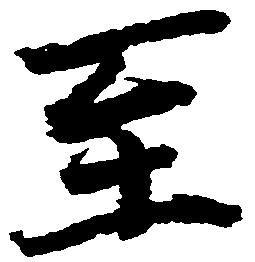
至